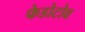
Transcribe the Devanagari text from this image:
फेडोटोव